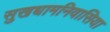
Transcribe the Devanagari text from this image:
सुखधामनिवासिया